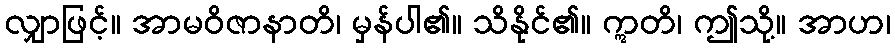
လျှာဖြင့်။ အာမဝိဇာနာတိ၊ မှန်ပါ၏။ သိနိုင်၏။ ဣတိ၊ ဤသို့။ အာဟ၊